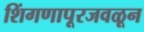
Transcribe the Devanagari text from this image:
शिंगणापूरजवळून